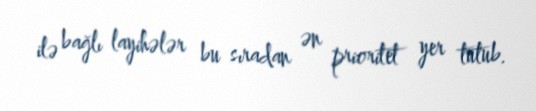
ilə bağlı layihələr bu sıradan ən prioritet yer tutub.